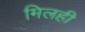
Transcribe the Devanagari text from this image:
मिलही